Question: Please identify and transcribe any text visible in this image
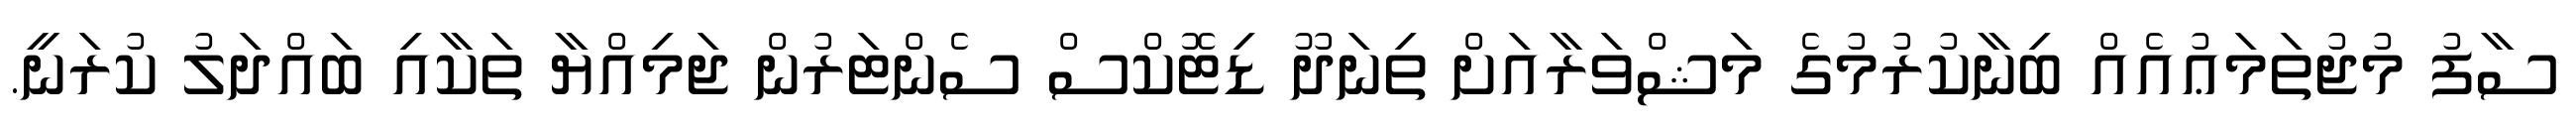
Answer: ސާފު މުޖުތަމަޢުއެއް ބިނާކުރުމުގެ މަޝްވަރާއަށް ތިނަދޫ ޑިޓޮކްސް ސެންޓަރުން ޖަމިއްޔާ ތަކާއި ބައްދަލު ކުރަނީ.